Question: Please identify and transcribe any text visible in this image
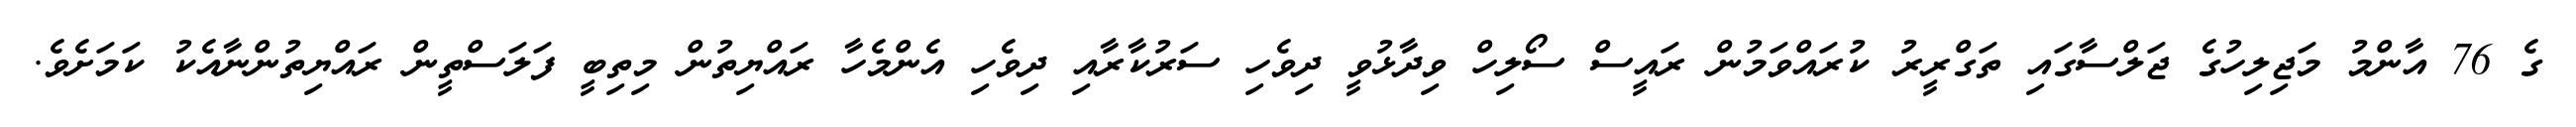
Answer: ގެ 76 އާންމު މަޖިލިހުގެ ޖަލްސާގައި ތަގްރީރު ކުރައްވަމުން ރައީސް ސޯލިހް ވިދާޅުވީ ދިވެހި ސަރުކާރާއި ދިވެހި އެންމެހާ ރައްޔިތުން މިތިބީ ފަލަސްތީން ރައްޔިތުންނާއެކު ކަމަށެވެ.